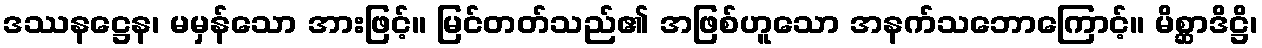
ဒဿနဋ္ဌေန၊ မမှန်သော အားဖြင့်။ မြင်တတ်သည်၏ အဖြစ်ဟူသော အနက်သဘောကြောင့်။ မိစ္ဆာဒိဋ္ဌိ၊